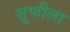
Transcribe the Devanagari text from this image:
सूफीला